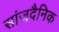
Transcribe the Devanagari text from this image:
सांजदैनिक